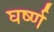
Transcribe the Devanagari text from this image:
घर्ष्ण